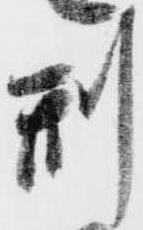
刑